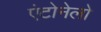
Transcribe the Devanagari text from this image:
एंटोनेलो